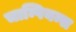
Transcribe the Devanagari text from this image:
चाम्पियन्स